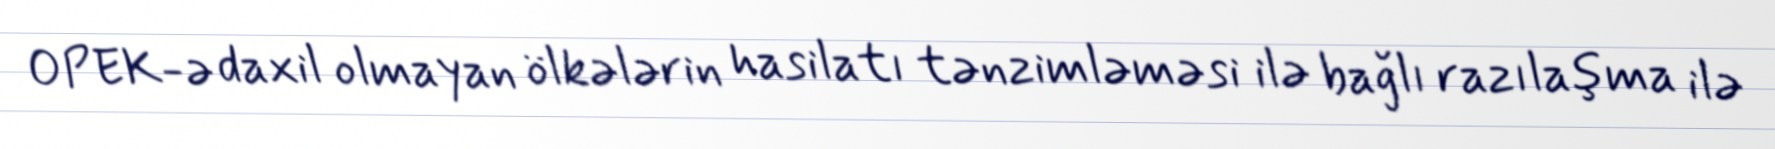
OPEK-ə daxil olmayan ölkələrin hasilatı tənzimləməsi ilə bağlı razılaşma ilə